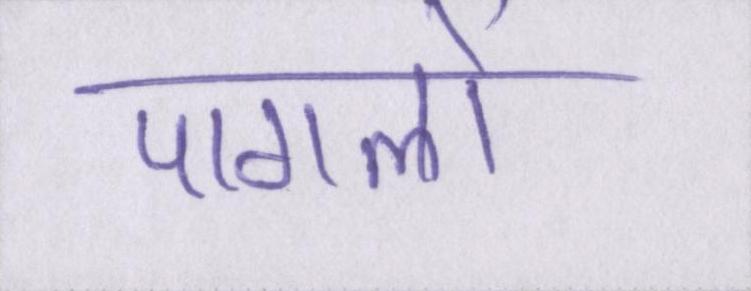
पागलों